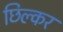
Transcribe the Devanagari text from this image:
छिल्कर